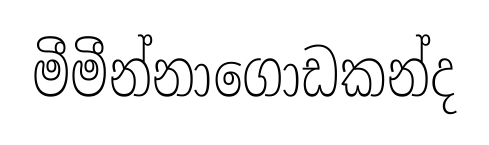
මීමීන්නාගොඩකන්ද